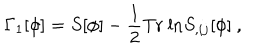
LaTeX: \Gamma _ { 1 } [ \phi ] = S [ \phi ] - \frac { 1 } { 2 } \mathrm { T r \ l n } S _ { , i j } [ \phi ] \ ,